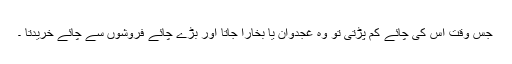
جس وقت اس کی چائے کم پڑتی تو وہ غجدوان یا بخارا جاتا اور بڑے چائے فروشوں سے چائے خریدتا ۔